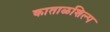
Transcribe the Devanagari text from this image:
काताळशिल्प